Insane asylums Bombay 1873-77 - 1873-1877
Year: 1873
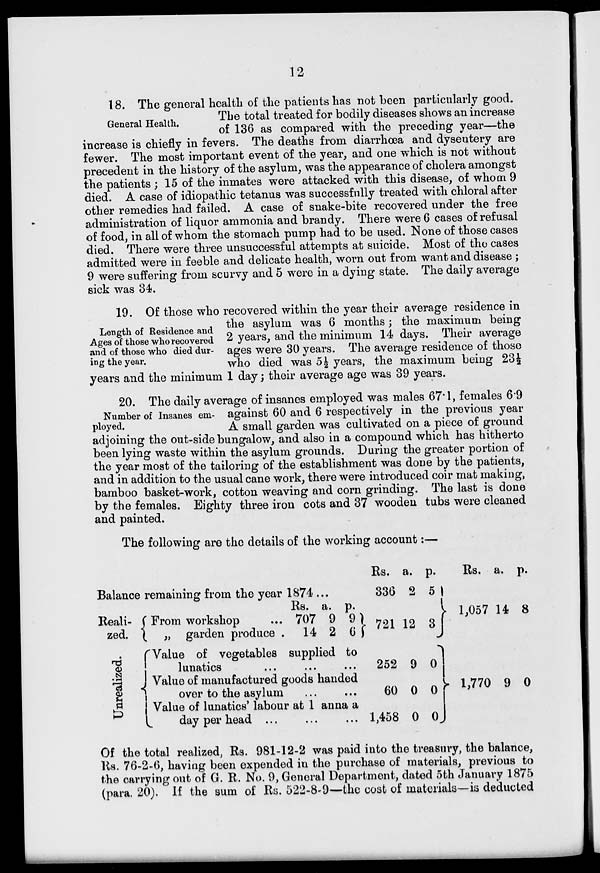
12
General Health.
18. The general health of the patients has not been particularly good.
The total treated for bodily diseases shows an increase
of 136 as compared with the preceding year—the
increase is chiefly in fevers. The deaths from diarrhœa and dysentery are
fewer. The most important event of the year, and one which is not without
precedent in the history of the asylum, was the appearance of cholera amongst
the patients ; 15 of the inmates were attacked with this disease, of whom 9
died. A case of idiopathic tetanus was successfully treated with chloral after
other remedies had failed. A case of snake-bite recovered under the free
administration of liquor ammonia and brandy. There were 6 cases of refusal
of food, in all of whom the stomach pump had to be used. None of those cases
died. There were three unsuccessful attempts at suicide. Most of the cases
admitted were in feeble and delicate health, worn out from want and disease ;
9 were suffering from scurvy and 5 were in a dying state. The daily average
sick was 34.
Length of Residence and
Ages of those who recovered
and of those who died dur-
ing the year.
19. Of those who recovered within the year their average residence in
the asylum was 6 months; the maximum being
2 years, and the minimum 14 days. Their average
ages were 30 years. The average residence of those
who died was 5½ years, the maximum being 23½
years and the minimum 1 day ; their average age was 39 years.
Number of Insanes em-
ployed.
20. The daily average of insanes employed was males 67"1, females 6.9
against 60 and 6 respectively in the previous year
A small garden was cultivated on a piece of ground
adjoining the out-side bungalow, and also in a compound which has hitherto
been lying waste within the asylum grounds. During the greater portion of
the year most of the tailoring of the establishment was done by the patients,
and in addition to the usual cane work, there were introduced coir mat making,
bamboo basket-work, cotton weaving and corn grinding. The last is done
by the females. Eighty three iron cots and 37 wooden tubs were cleaned
and painted.
The following are the details of the working account:—
Balance remaining from the year 1874 ...
Reali-
zed.
Unrealized.
From workshop ...
„ garden produce .
Rs.
707
14
a.
9
2
p.
9
6
"Value of vegetables supplied to
lunatics ... ... ...
Value of manufactured goods handed
over to the asylum ... ...
Value of lunatics' labour at 1 anna a
day per head ...
...
...
Rs.
336
721
252
60
1,458
a.
2
12
9
0
0
p.
5
3
0
0
0
Rs.
1,057
1,770
a.
14
9
p.
8
0
Of the total realized, Rs. 981-12-2 was paid into the treasury, the balance,
Rs. 76-2-6, having been expended in the purchase of materials, previous to
the carrying out of G. R. No. 9, General Department, dated 5th January 1875
(para. 20). If the sum of Rs. 522-8-9—the cost of materials—is deducted